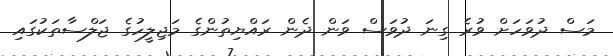
މަސް ދުވަހަށް ވުރެ ގިނަ ދުވަސް ވަން ދެން ރައްޔިތުންގެ މަޖިލީހުގެ ޖަލްސާތަކުގައި